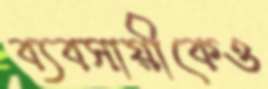
ব্যবসায়ীকেও